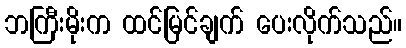
ဘကြီးမိုးက ထင်မြင်ချက် ပေးလိုက်သည်။